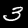
Digit: 3